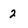
Character: 2